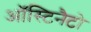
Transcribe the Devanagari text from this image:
ऑस्टिनैटो